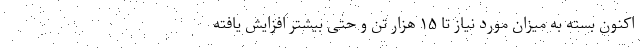
اکنون بسته به میزان مورد نیاز تا ۱۵ هزار تن و حتی بیشتر افزایش یافته